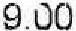
9.00